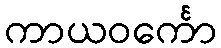
ကာယဝင်္ကော